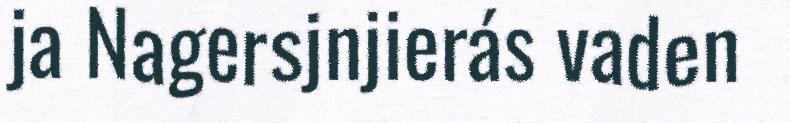
ja Nagersjnjierás vaden